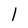
Character: 1